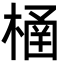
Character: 㮭